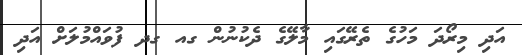
އަދި މިރޯދަ މަހުގެ ތެރޭގައި މާލޭގެ ދެކުނުން ގއ ގދ ފުވައްމުލަށް އަދި